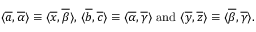
\begin{array} { r } { \langle \overline { a } , \overline { { \alpha } } \rangle \equiv \langle \overline { x } , \overline { { \beta } } \rangle , \, \langle \overline { b } , \overline { c } \rangle \equiv \langle \overline { { \alpha } } , \overline { { \gamma } } \rangle \mathrm { ~ a n d ~ } \langle \overline { y } , \overline { z } \rangle \equiv \langle \overline { { \beta } } , \overline { { \gamma } } \rangle . } \end{array}